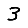
Digit: 3